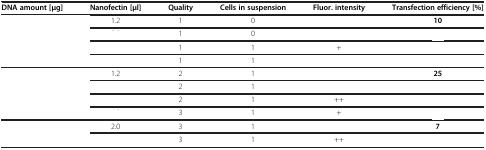
<table><thead><tr><td><b>DNA amount [μg]</b></td><td><b>Nanofectin [μl]</b></td><td><b>Quality</b></td><td><b>Cells in suspension</b></td><td><b>Fluor. intensity</b></td><td><b>Transfection efficiency [%]</b></td></tr></thead><tbody><tr><td rowspan="4">[EMPTY_CELL]</td><td>1.2</td><td>1</td><td>0</td><td>[EMPTY_CELL]</td><td><b>10</b></td></tr><tr><td>[EMPTY_CELL]</td><td>1</td><td>0</td><td>[EMPTY_CELL]</td><td>[EMPTY_CELL]</td></tr><tr><td>[EMPTY_CELL]</td><td>1</td><td>1</td><td>+</td><td>[EMPTY_CELL]</td></tr><tr><td>[EMPTY_CELL]</td><td>1</td><td>1</td><td>[EMPTY_CELL]</td><td>[EMPTY_CELL]</td></tr><tr><td rowspan="4">[EMPTY_CELL]</td><td>1.2</td><td>2</td><td>1</td><td>[EMPTY_CELL]</td><td><b>25</b></td></tr><tr><td>[EMPTY_CELL]</td><td>2</td><td>1</td><td>[EMPTY_CELL]</td><td>[EMPTY_CELL]</td></tr><tr><td>[EMPTY_CELL]</td><td>2</td><td>1</td><td>++</td><td>[EMPTY_CELL]</td></tr><tr><td>[EMPTY_CELL]</td><td>3</td><td>1</td><td>+</td><td>[EMPTY_CELL]</td></tr><tr><td rowspan="2">[EMPTY_CELL]</td><td>2.0</td><td>3</td><td>1</td><td>[EMPTY_CELL]</td><td><b>7</b></td></tr><tr><td>[EMPTY_CELL]</td><td>3</td><td>1</td><td>++</td><td>[EMPTY_CELL]</td></tr></tbody></table>